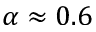
\alpha \approx 0 . 6